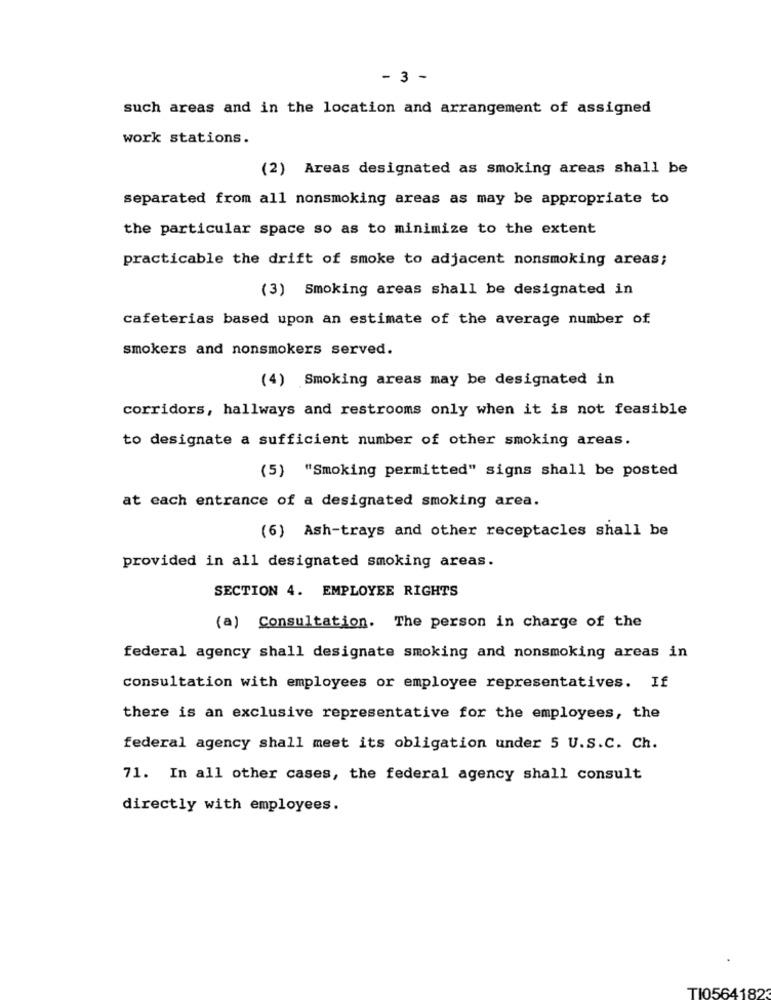
- 3 -
such areas and in the location and arrangement of assigned
work stations.
(2) Areas designated as smoking areas shall be
separated from all nonsmoking areas as may be appropriate to
the particular space so as to minimize to the extent
practicable the drift of smoke to adjacent nonsmoking areas;
(3) Smoking areas shall be designated in
cafeterias based upon an estimate of the average number of
smokers and nonsmokers served.
(4) Smoking areas may be designated in
corridors, hallways and restrooms only when it is not feasible
to designate a sufficient number of other smoking areas.
(5) "Smoking permitted" signs shall be posted
at each entrance of a designated smoking area.
(6) Ash-trays and other receptacles shall be
provided in all designated smoking areas.
SECTION 4. EMPLOYEE RIGHTS
(a) Consultation. The person in charge of the
federal agency shall designate smoking and nonsmoking areas in
consultation with employees or employee representatives. If
there is an exclusive representative for the employees, the
federal agency shall meet its obligation under 5 U.S.C. Ch.
71. In all other cases, the federal agency shall consult
directly with employees.
TI0564182